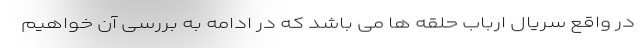
در واقع سریال ارباب حلقه ها می باشد که در ادامه به بررسی آن خواهیم